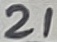
Text: 21